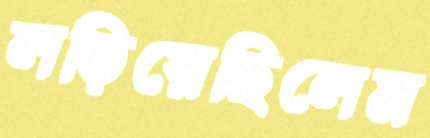
লড়িয়েছিলেম